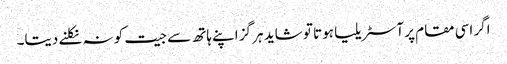
اگر اسی مقام پر آسٹریلیا ہوتا تو شاید ہر گز اپنے ہاتھ سے جیت کو نہ نکلنے دیتا۔